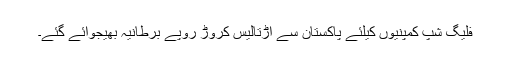
فلیگ شپ کمپنیوں کیلئے پاکستان سے اڑتالیس کروڑ روپے برطانیہ بھیجوائے گئے۔